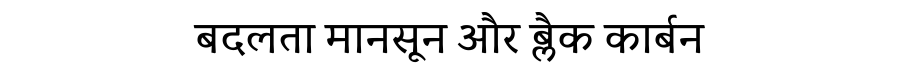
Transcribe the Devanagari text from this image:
बदलता मानसून और ब्लैक कार्बन